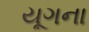
યૂગના